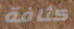
كثافة